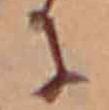
に